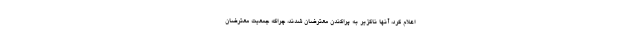
اعلام کرد، آنها ناگزیر به پراکندن معترضان شدند، چراکه جمعیت معترضان